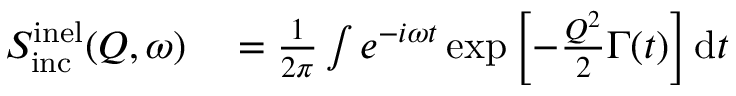
\begin{array} { r l } { S _ { \mathrm { i n c } } ^ { \mathrm { i n e l } } ( Q , \omega ) } & { { } = \frac { 1 } { 2 \pi } \int e ^ { - i \omega t } \exp \left[ - \frac { Q ^ { 2 } } { 2 } \Gamma ( t ) \right] \mathrm { d } t } \end{array}